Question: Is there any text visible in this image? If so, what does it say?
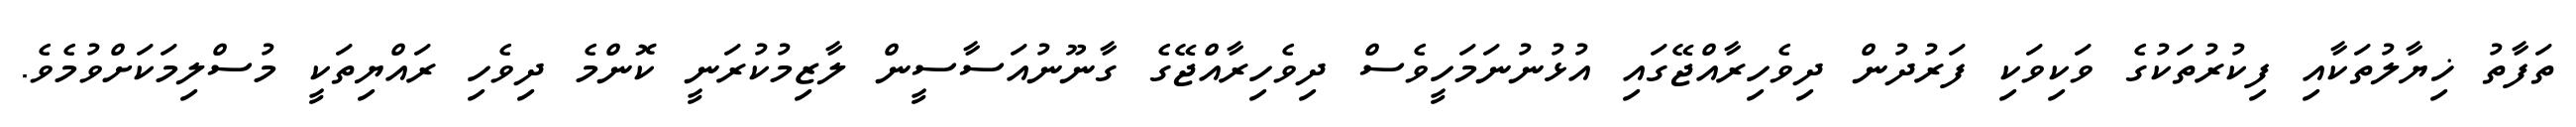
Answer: ތަފާތު ޚިޔާލުތަކާއި ފިކުރުތަކުގެ ވަކިވަކި ފަރުދުން ދިވެހިރާއްޖޭގައި އުޅުނުނަމަހީވެސް ދިވެހިރާއްޖޭގެ ގާނޫނުއަސާސީން ލާޒިމުކުރަނީ ކޮންމެ ދިވެހި ރައްޔިތަކީ މުސްލިމަކަށްވުމެވެ.